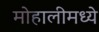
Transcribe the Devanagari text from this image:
मोहालीमध्ये